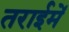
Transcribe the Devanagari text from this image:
तराईमें